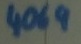
Text: 4069